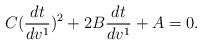
\begin{align*}C(\frac{dt}{dv^1})^2+2B\frac{dt}{dv^1}+A=0.\end{align*}